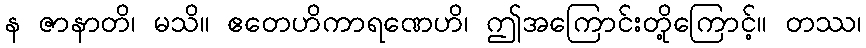
န ဇာနာတိ၊ မသိ။ ဧတေဟိကာရဏေဟိ၊ ဤအကြောင်းတို့ကြောင့်။ တဿ၊